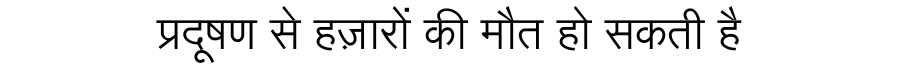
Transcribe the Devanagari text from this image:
प्रदूषण से हज़ारों की मौत हो सकती है